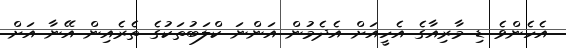
އެހެންވެ ޑި މާރިއާގެ އެހީއަށް އެދެމުން އަންނަ ކްލަބުތަކުގެ ތެރެއިން އޭނާ އަށް